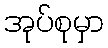
အုပ်စုမှာ